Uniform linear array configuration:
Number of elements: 32
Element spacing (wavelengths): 0.25
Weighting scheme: binomial
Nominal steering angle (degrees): -30
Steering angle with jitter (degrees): -29.7
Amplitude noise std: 0.05
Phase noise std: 0.05

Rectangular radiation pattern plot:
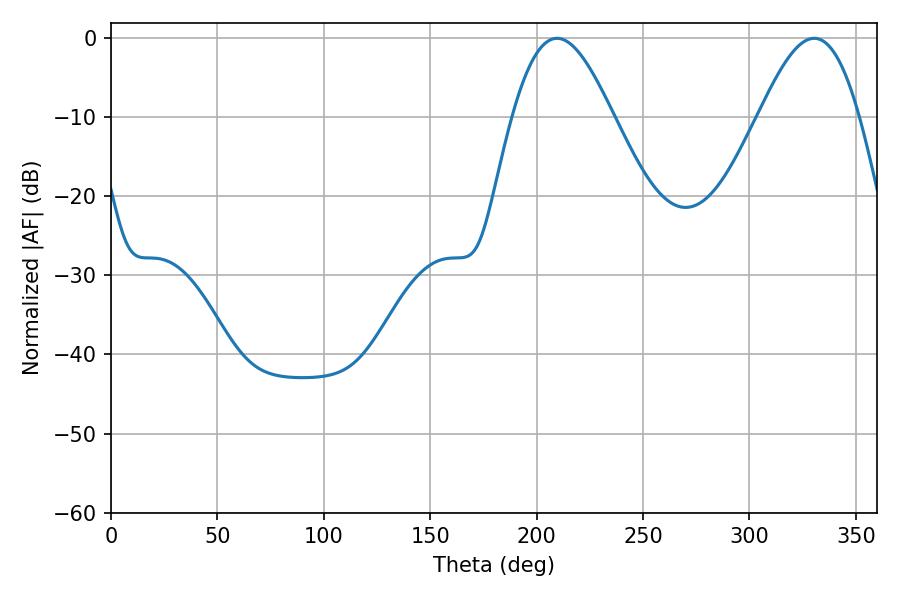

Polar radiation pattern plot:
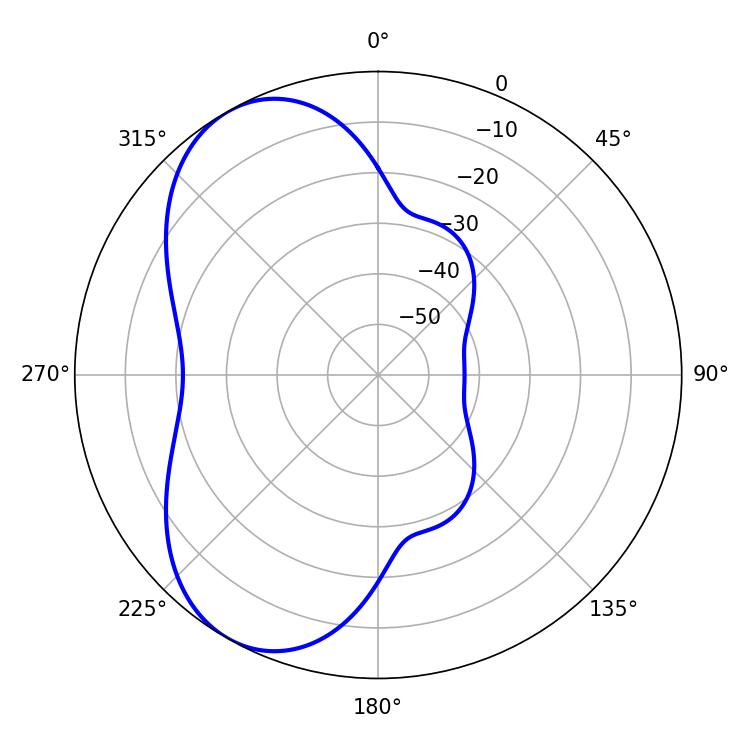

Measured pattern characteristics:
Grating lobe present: FALSE
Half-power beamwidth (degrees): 25.38
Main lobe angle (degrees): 209.52